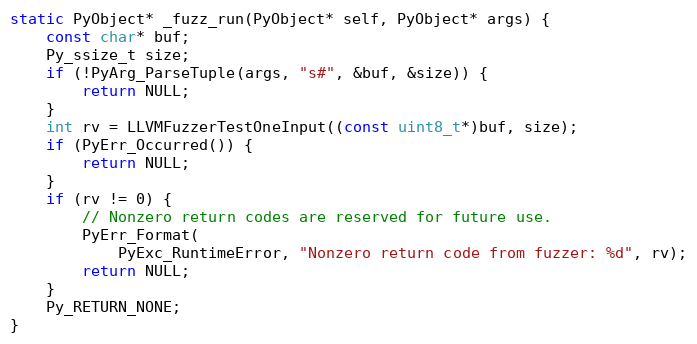
Language: C
static PyObject* _fuzz_run(PyObject* self, PyObject* args) {
    const char* buf;
    Py_ssize_t size;
    if (!PyArg_ParseTuple(args, "s#", &buf, &size)) {
        return NULL;
    }
    int rv = LLVMFuzzerTestOneInput((const uint8_t*)buf, size);
    if (PyErr_Occurred()) {
        return NULL;
    }
    if (rv != 0) {
        // Nonzero return codes are reserved for future use.
        PyErr_Format(
            PyExc_RuntimeError, "Nonzero return code from fuzzer: %d", rv);
        return NULL;
    }
    Py_RETURN_NONE;
}